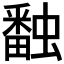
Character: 𧑪